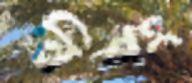
নিশং